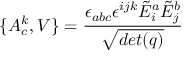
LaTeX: \{ A _ { c } ^ { k } , V \} = { \frac { \epsilon _ { a b c } \epsilon ^ { i j k } { \tilde { E } } _ { i } ^ { a } { \tilde { E } } _ { j } ^ { b } } { \sqrt { d e t ( q ) } } }